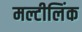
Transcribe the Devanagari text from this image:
मल्टीलिंक